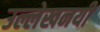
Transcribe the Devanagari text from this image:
उल्लेखनयी